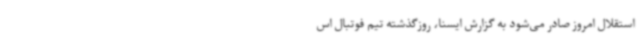
استقلال امروز صادر می‌شود به گزارش ایسنا،‌ روزگذشته تیم فوتبال اس